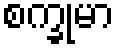
စက္ခုမာ